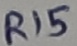
Text: R15